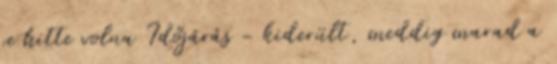
se hitte volna Időjárás - kiderült, meddig marad a